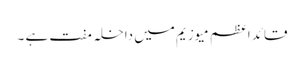
قائد اعظم میوزیم میں داخلہ مفت ہے ۔